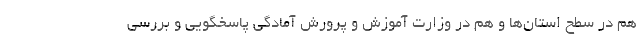
هم در سطح استان‌ها و هم در وزارت آموزش و پرورش آمادگی پاسخگویی و بررسی